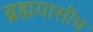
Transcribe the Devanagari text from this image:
ब्रह्मयासीच